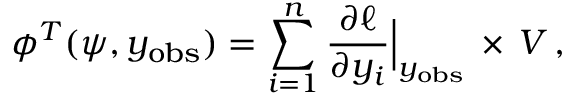
\boldsymbol { \phi } ^ { T } ( \boldsymbol { \psi } , \boldsymbol { y _ { \mathrm { o b s } } } ) = \sum _ { i = 1 } ^ { n } \frac { \partial \ell } { \partial y _ { i } } \Bigr | _ { \boldsymbol { y _ { \mathrm { o b s } } } } \, \times \, V \, ,